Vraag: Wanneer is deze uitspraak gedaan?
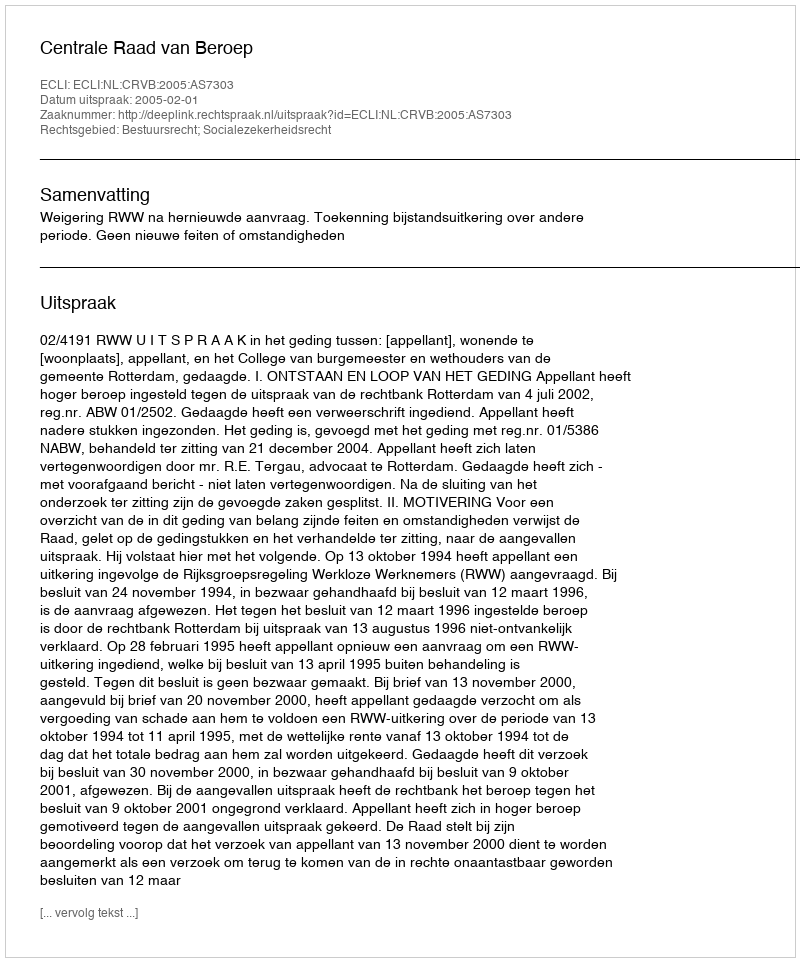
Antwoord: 2005-02-01